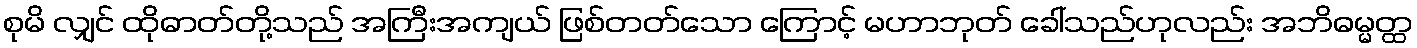
စုမိ လျှင် ထိုဓာတ်တို့သည် အကြီးအကျယ် ဖြစ်တတ်သော ကြောင့် မဟာဘုတ် ခေါ်သည်ဟုလည်း အဘိဓမ္မတ္ထ